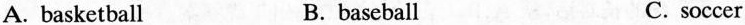
A. basketball B. baseball C. soccer